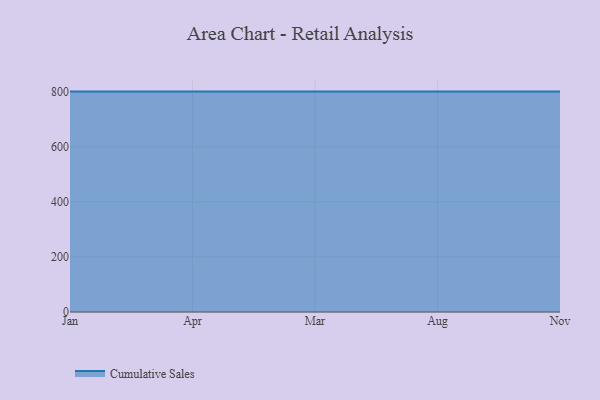
{"axis": {"x": "Month", "y": "Waste Production (Tons)"}, "legend": ["Cumulative Sales"], "data": [{"x": "Jan", "y": 800, "type": "Cumulative Sales"}, {"x": "Apr", "y": 800, "type": "Cumulative Sales"}, {"x": "Mar", "y": 800, "type": "Cumulative Sales"}, {"x": "Aug", "y": 800, "type": "Cumulative Sales"}, {"x": "Nov", "y": 800, "type": "Cumulative Sales"}]}